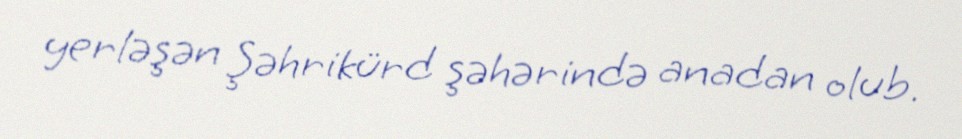
yerləşən Şəhrikürd şəhərində anadan olub.